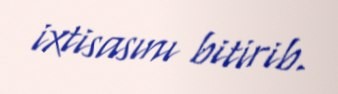
ixtisasını bitirib.